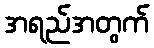
အရည်အတွက်